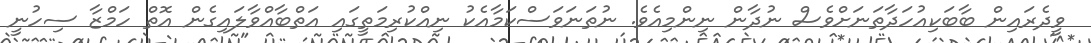
ވީދެރައިން ބާބަކިއުހަދާތަނަށްވެސް ނުދާން ނިންމިއެވެ. ނުތަނަވަސްކަމާއެކު ނިއްކުރިމަތީގައި އަތްބާއްވާލައިގެން އޮތް ހަމްޒާ ސިހުނީ